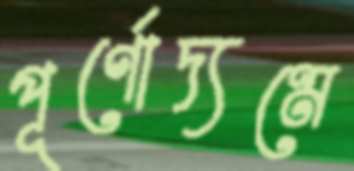
পূর্ণোদ্যমে